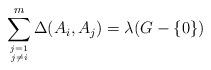
LaTeX: \begin{align*}\sum^{m}_{j=1\atop j\neq i }\Delta(A_{i},A_{j})=\lambda(G-\{0\})\end{align*}